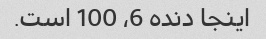
اینجا دنده 6، 100 است.